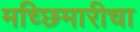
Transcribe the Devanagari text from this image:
मच्छिमारीचा